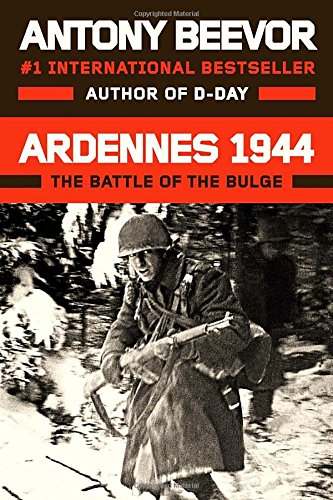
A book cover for Ardennes 1944: The Battle of the Bulge; Antony Beevor; History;